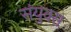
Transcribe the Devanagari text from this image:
संयुक्स